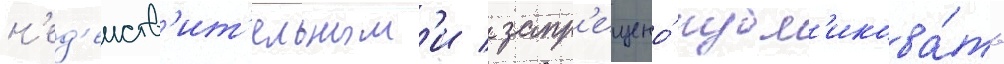
н'ед'еиств'ит'ельным'и / запр'ещено́ публ'икова́ть